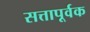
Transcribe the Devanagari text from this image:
सत्तापूर्वक